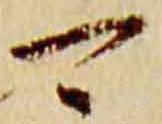
可